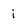
Character: i